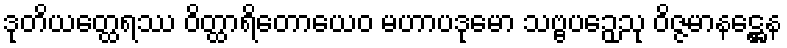
ဒုတိယတ္ထေရဿ ဝိတ္ထာရိတောယေဝ မဟာပဒုမော သဗ္ဗပဉှေသု ဝိဇ္ဇမာနဋ္ဌေန